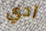
آدي